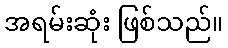
အရမ်းဆုံး ဖြစ်သည်။